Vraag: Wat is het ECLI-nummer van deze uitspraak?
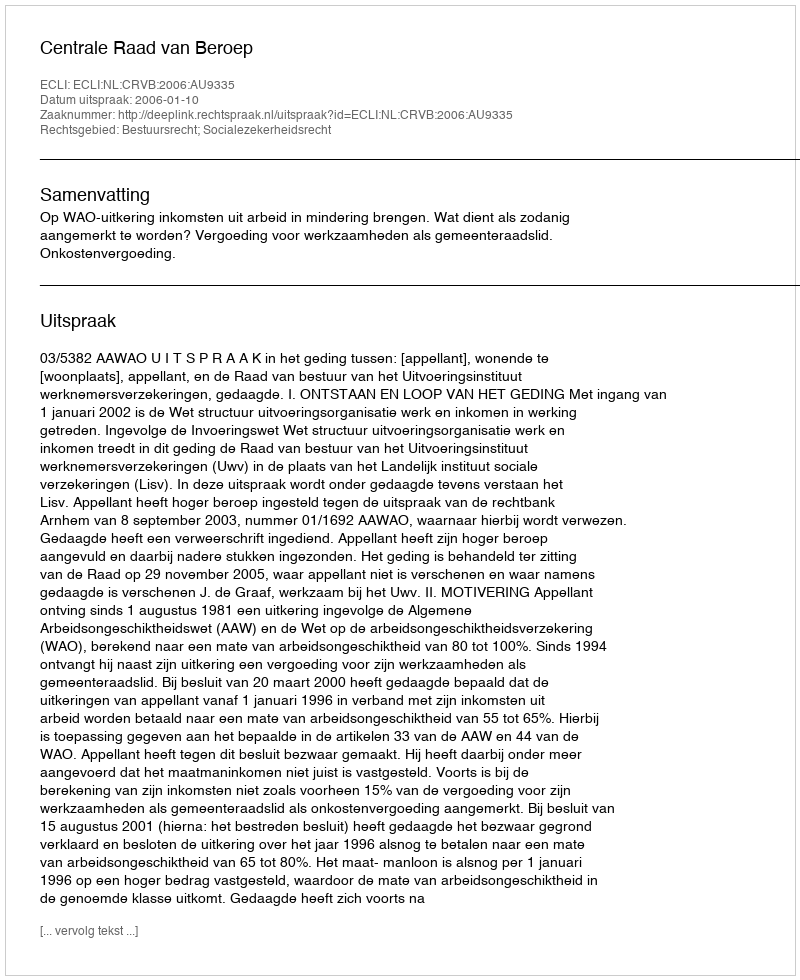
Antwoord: ECLI:NL:CRVB:2006:AU9335